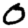
Digit: 0